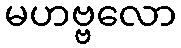
မဟဗ္ဗလော